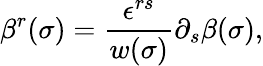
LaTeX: \beta^{r}(\sigma)=\frac{\epsilon^{rs}}{w(\sigma)}\partial_{s}\beta(\sigma),